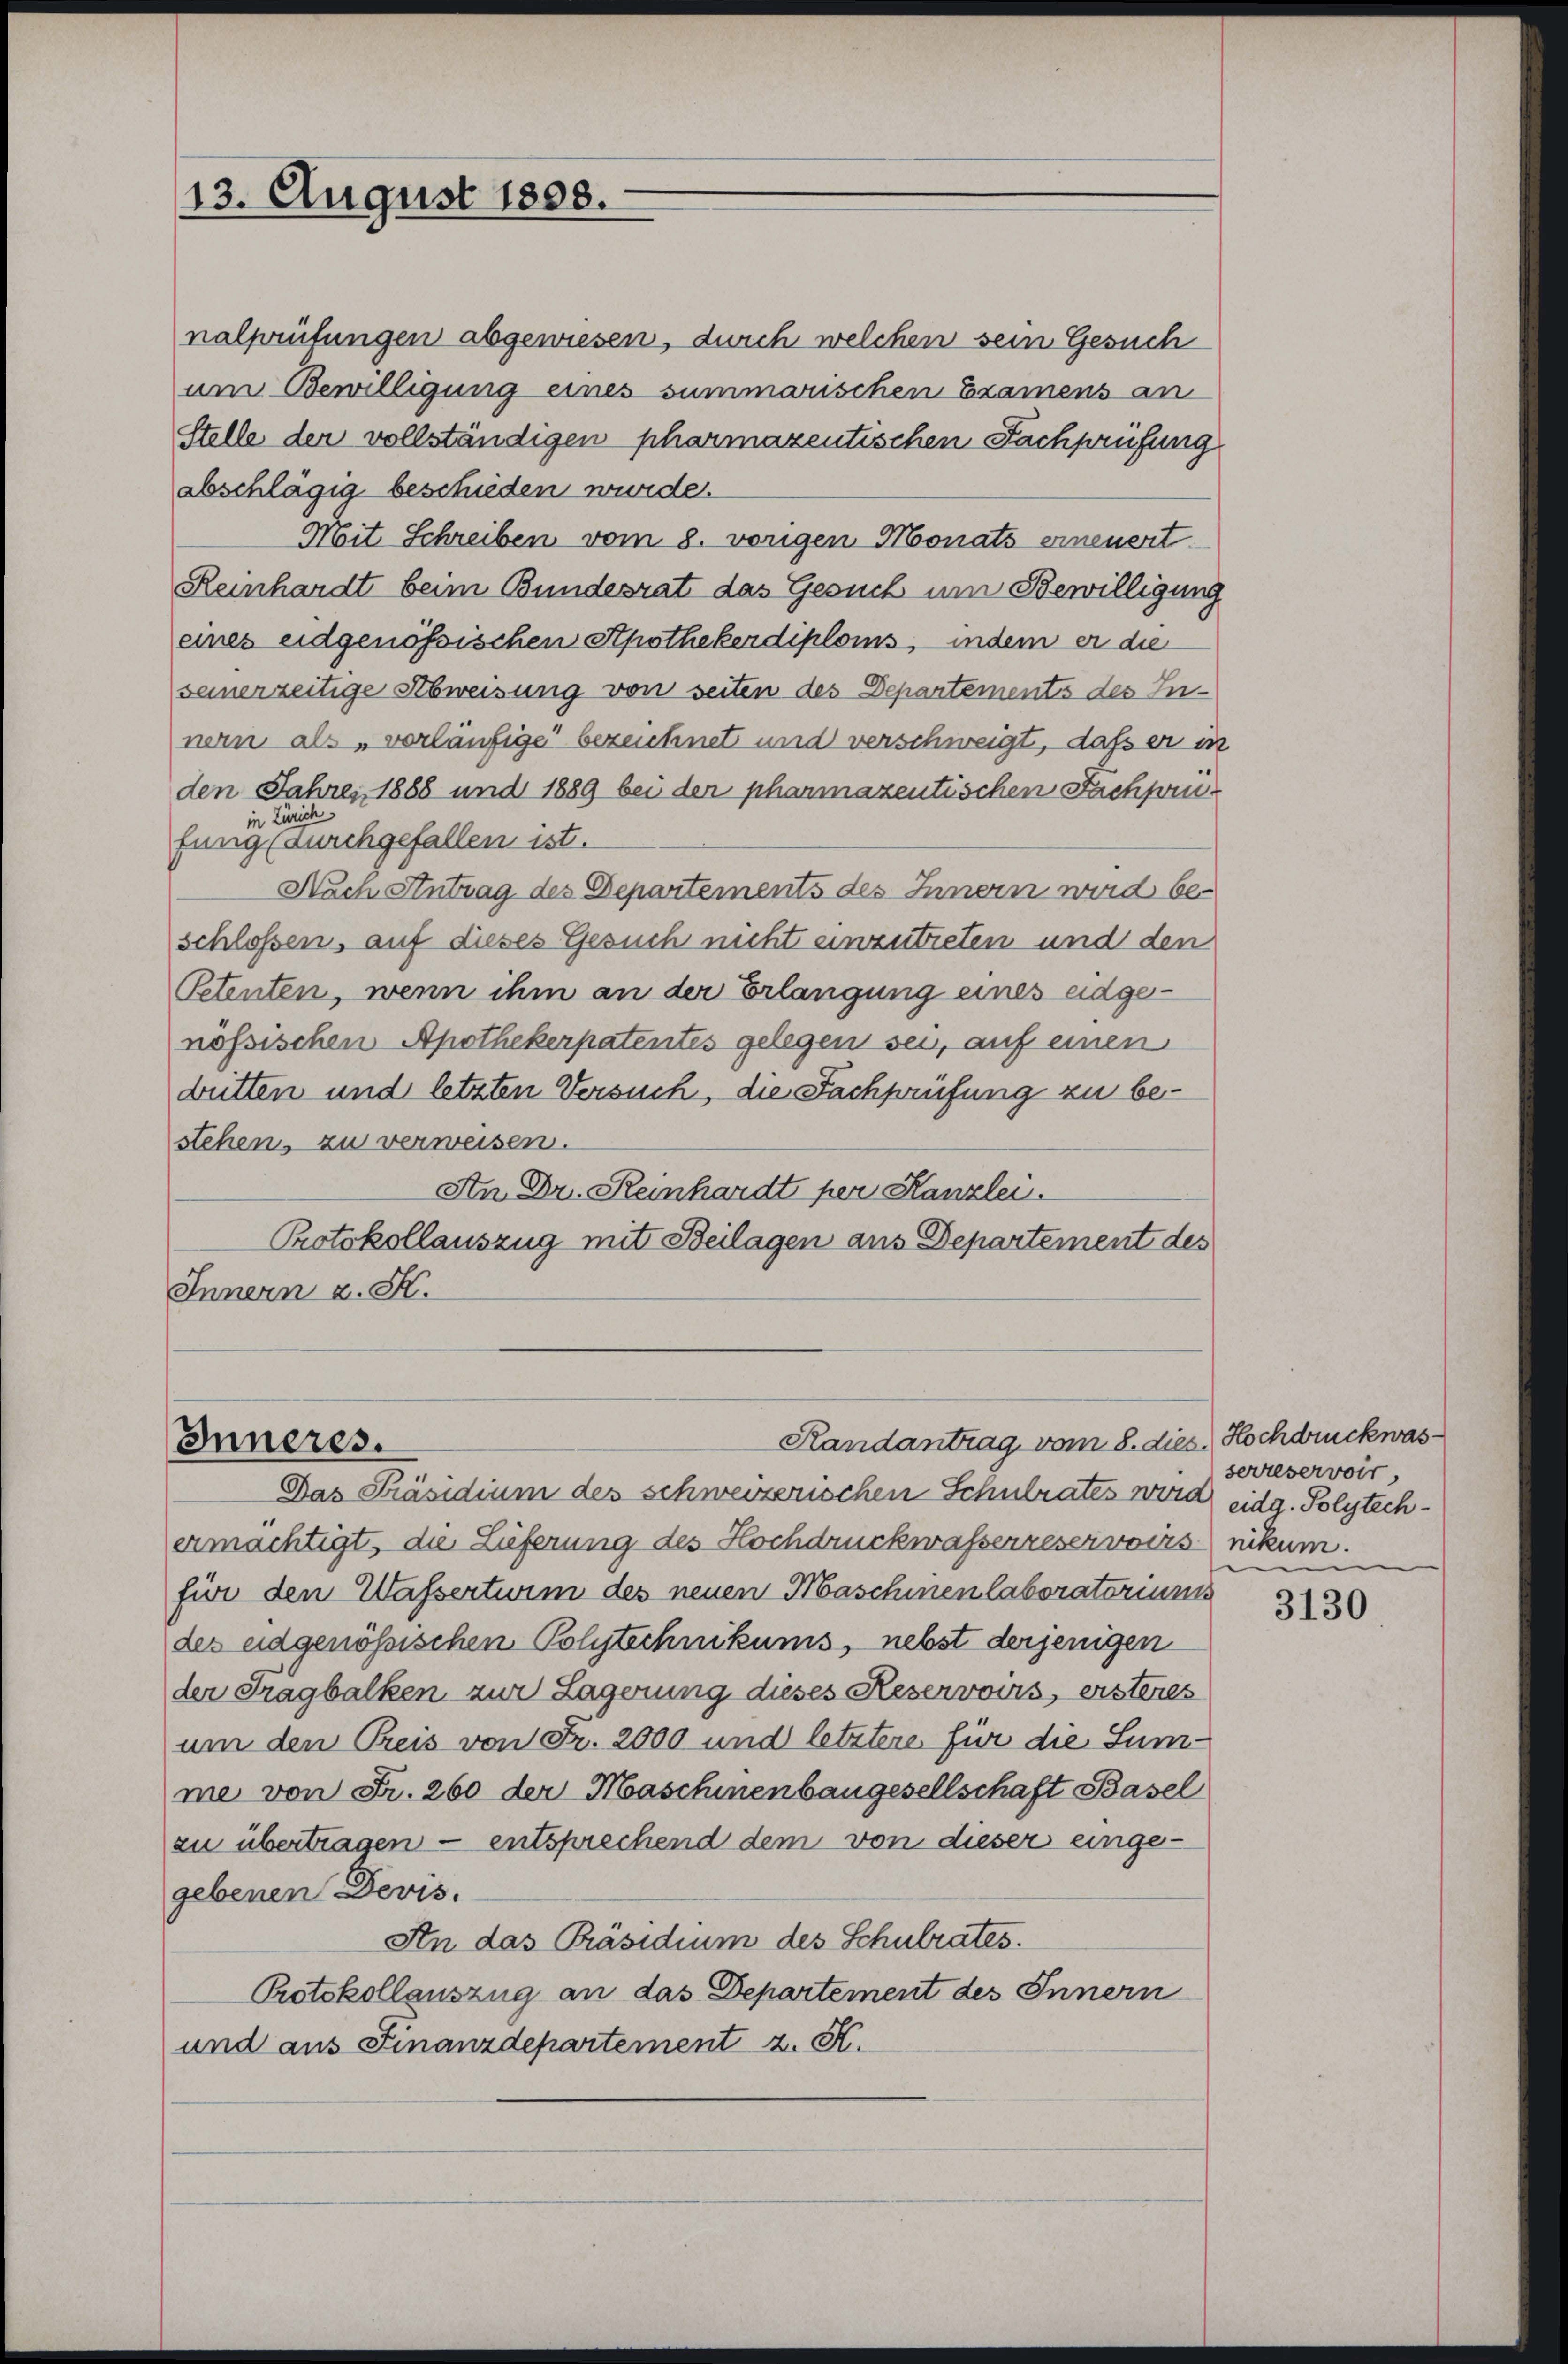
13. August 1808.

nalprüfungen abgewiesen, durch welchen sein Gesuch
am Bewilligung eines summarischen Examens an
Stelle der vollständigen pharmazentischen Fachprüfung
abschlägig beschieden wurde.
Mit Schreiben vom 8. vorigen Monats erneuert.
Reinhardt beim Bundesrat das Gesuch um Bewilligung
eines eidgenössischen Apothekerdiploms, indem er die
seinerzeitige Abweisung von seiten des Departements des Innern als „vorläufige bezeichnet und verschweigt, daß er in
den Jahres 1888 und 1889 bei den pharmazentischen Fachpruin Zürich
fung (aurchgefallen ist.
Nach Antrag des Departements des Innern wird be-
schlossen, auf dieses Gesuch nicht einzutreten und den
Petenten, wenn ihm an der Erlangung eines eidgenössischen Apothekerpatentes gelegen sei, auf einen
dütten und letzten Versuch, die Fachprüfung zu bestehen, zu verweisen.
An Dr. Reinhardt per Kanzlei.
Protokollauszug mit Beilagen aus Departement des
Innern u. S.

Randantrag vom 8. dies. Hochdruckwas¬
Inneres.
Das Präsidium des schweizerischen Schulrates wird eidg. Polytech¬

ermächtigt, die Lieferung des Hochdruckwasserreservoirs nikum.
für den Wassertium des neuen Maschinen laboratoriums
der eidgenössischen Polytechnikums, nebst derjenigen
der Fragbalken zur Lagerung dieses Reservoirs, ersteres
um den Preis von Fr. 2000 und letztere für die Summe von Fr. 260 der Maschinenbaugesellschaft Basel
zu übertragen — entsprechend dem von dieser eingegebenen Devis.
An das Präsidium des Schulrates.
Protokollauszug an das Departement des Innern
und aus Finanzdepartement z. K.

serreservoir

3130